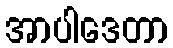
အာပါဒေတာ